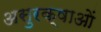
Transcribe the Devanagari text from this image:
असुरक्षाओं